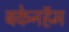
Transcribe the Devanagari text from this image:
बकेनहॅम